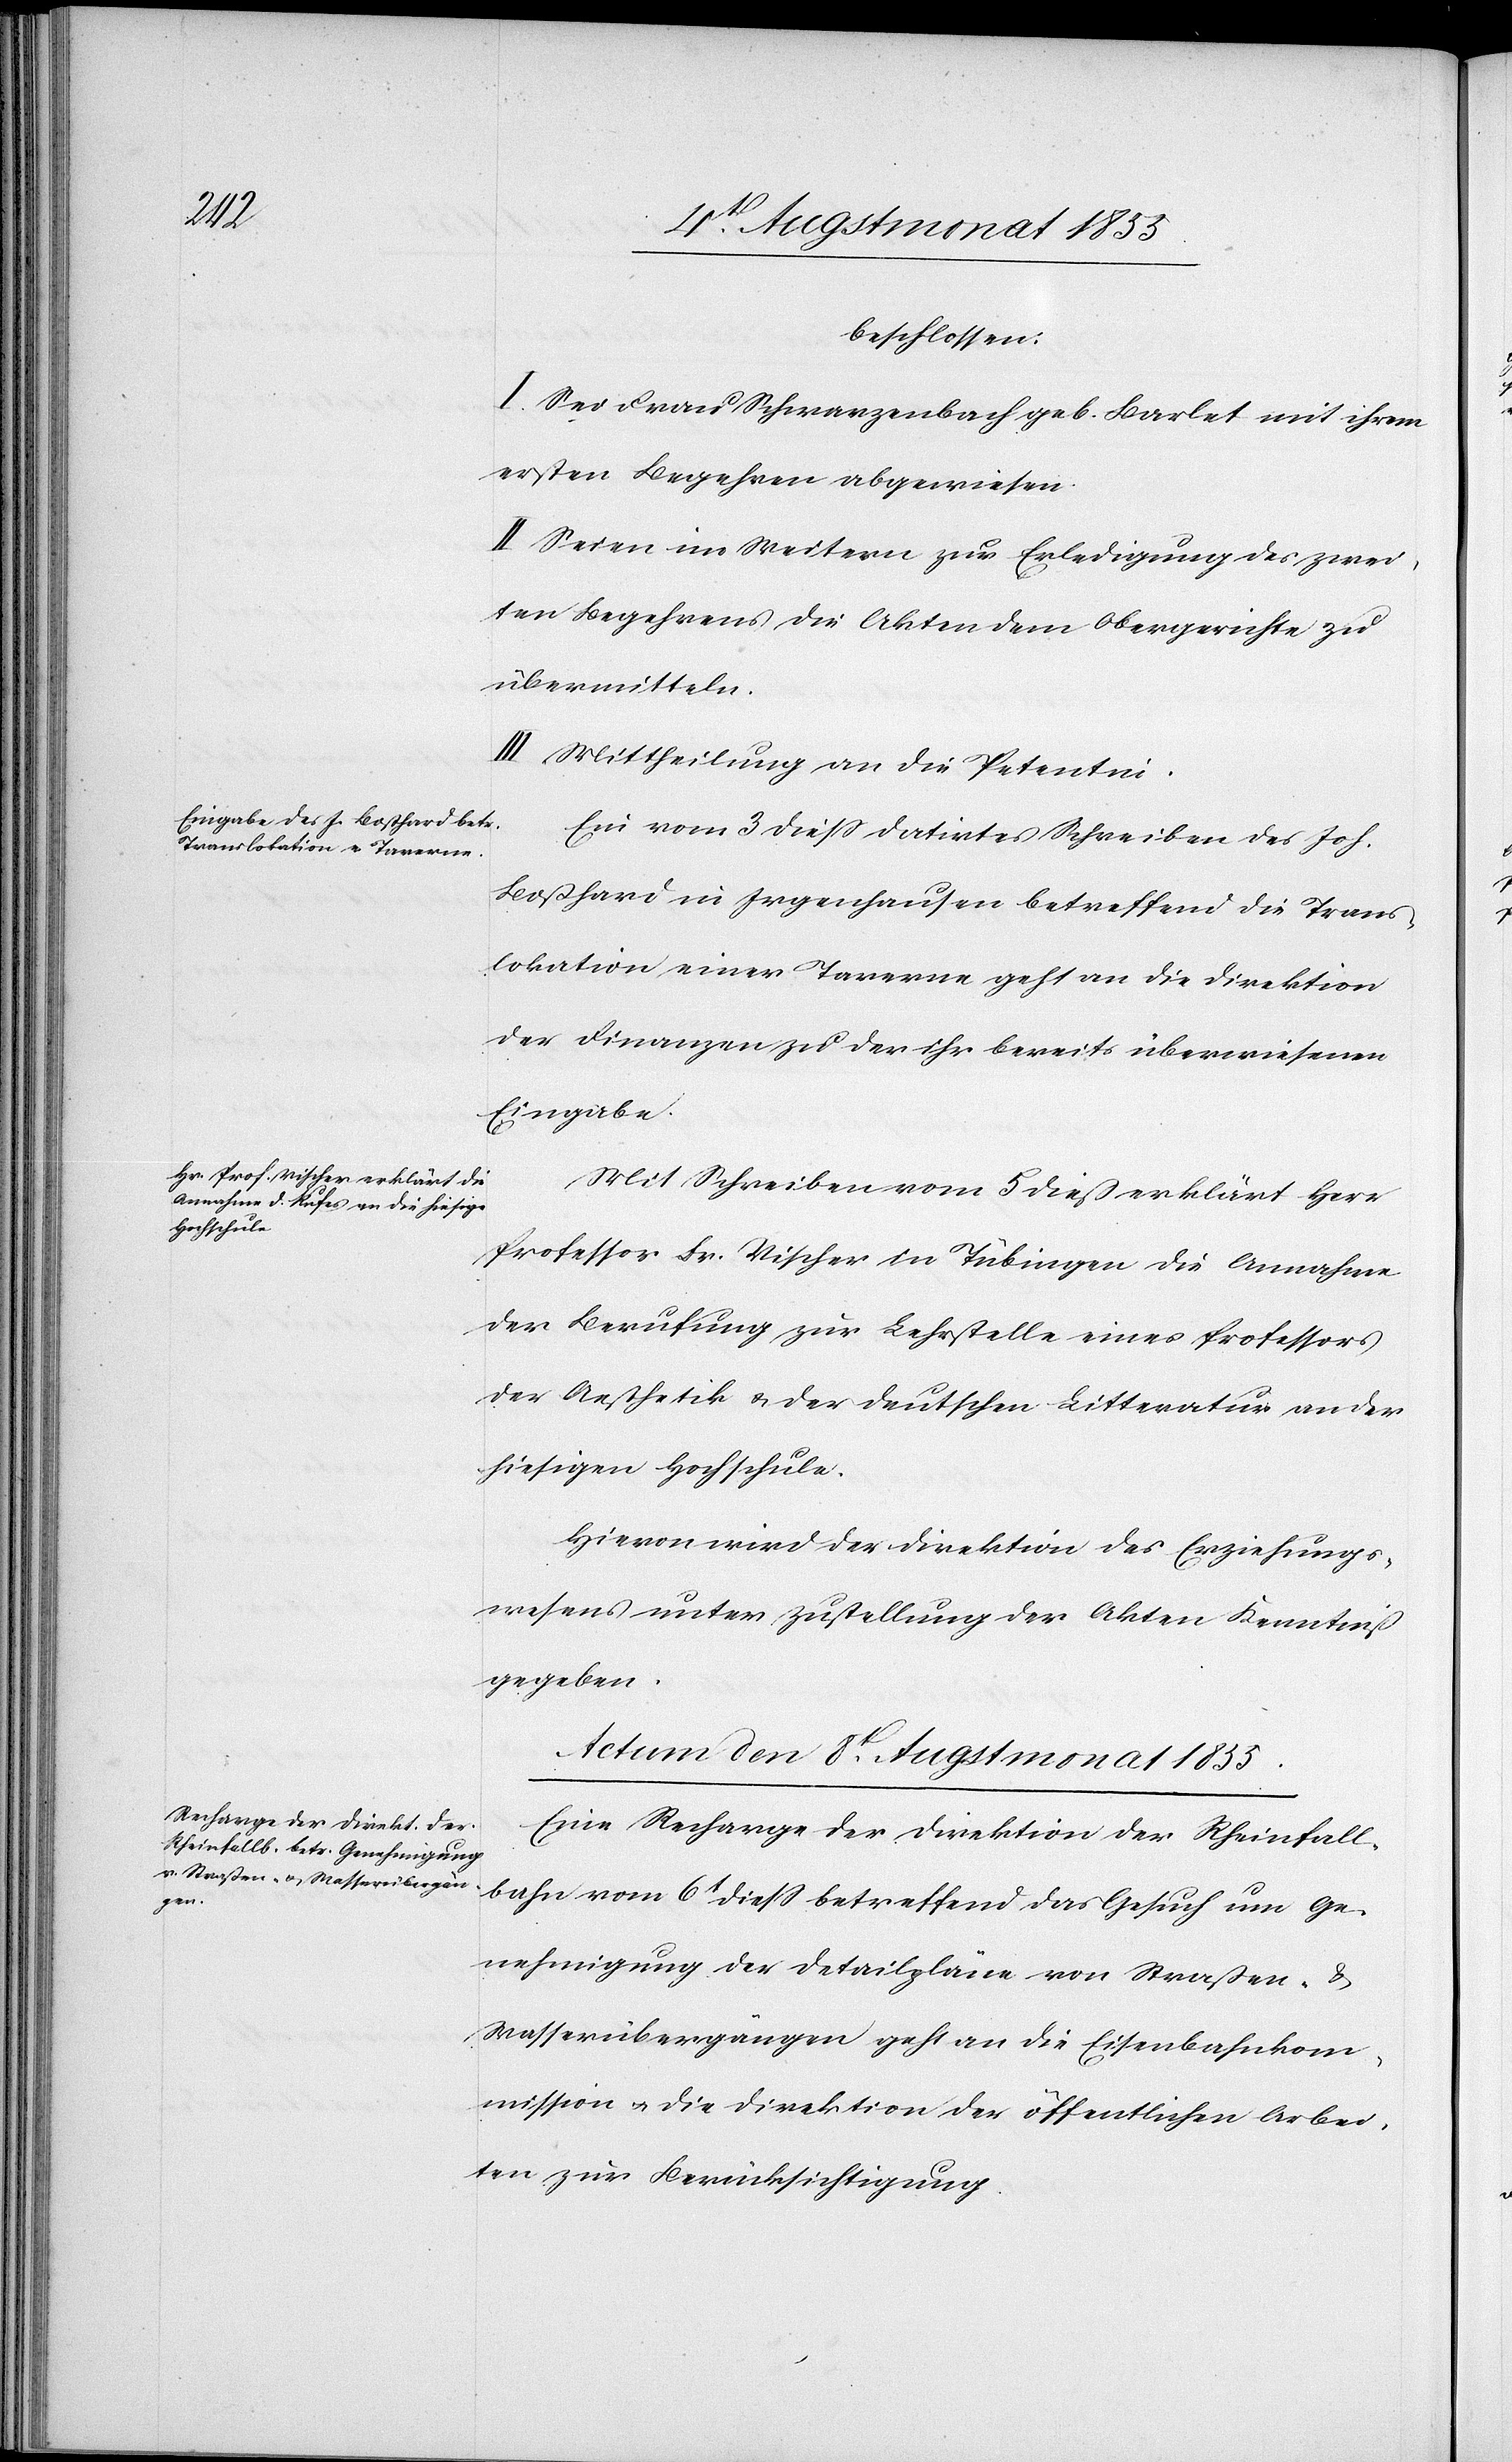
beschlossen:
I. Sei Frau Schwarzenbach geb. Barlet mit ihrem
ersten Begehren abgewiesen.
II Seien im Weitern zur Erledigung des zwei¬
ten Begehrens die Akten dem Obergerichte zu
übermitteln.
III Mittheilung an die Petentin.
Ein vom 3 diess datirtes Schreiben des Joh.
Boßhard in Irgenhausen betreffend die Trans¬
lokation einer Taverne geht an die Direktion
der Finanzen zu der ihr bereits überwiesenen
Eingabe.
Mit Schreiben vom 5 dieß erklärt Herr
Professor Fr. Vischer in Tübingen die Annahme
der Berufung zur Lehrstelle eines Professors
der Aesthetik & der deutschen Litteratur an der
hiesigen Hochschule.
Hievon wird der Direktion des Erziehungs¬
wesens unter Zustellung der Akten Kenntniß
gegeben.
Actum den 8t. Augstmonat 1855.
Eine Recharge der Direktion der Rheinfall¬
bahn vom 6t diess betreffend das Gesuch um Ge¬
nehmigung der Detailpläne von Straßen- &
Wasserübergängen geht an die Eisenbahnkom¬
mission & die Direktion der öffentlichen Arbei¬
ten zur Berücksichtigung.